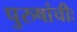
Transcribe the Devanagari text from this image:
पुरुषांचीः